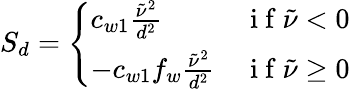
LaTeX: S_{d}=\left\{ \begin{array}{ll}{c_{w1}\frac{\tilde{\nu}^{2}}{d^{2}}}&{\mathrm{~i~f~}\tilde{\nu}<0}\\ {-c_{w1}f_{w}\frac{\tilde{\nu}^{2}}{d^{2}}}&{\mathrm{~i~f~}\tilde{\nu}\geq 0}\end{array}\right.